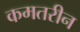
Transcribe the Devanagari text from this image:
कमतरीन